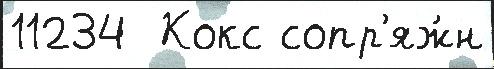
11234  Кокс сопр'яж́н